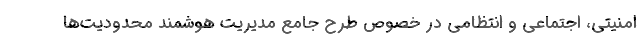
امنیتی، اجتماعی و انتظامی در خصوص طرح جامع مدیریت هوشمند محدودیت‌ها